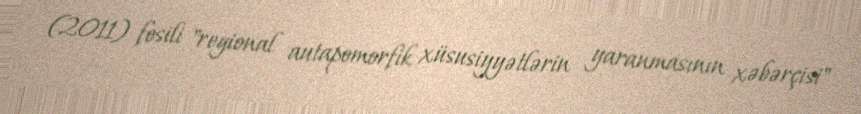
(2011) fosili "regional autapomorfik xüsusiyyətlərin yaranmasının xəbərçisi"